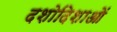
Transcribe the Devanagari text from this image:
दशोदिशाओं